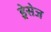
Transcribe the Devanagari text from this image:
ड्रेसेज